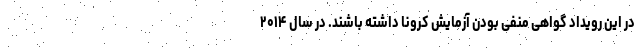
در این رویداد گواهی منفی بودن آزمایش کرونا داشته باشند. در سال ۲۰۱۴